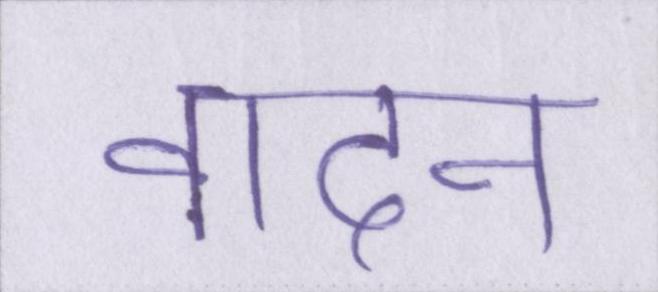
वादन